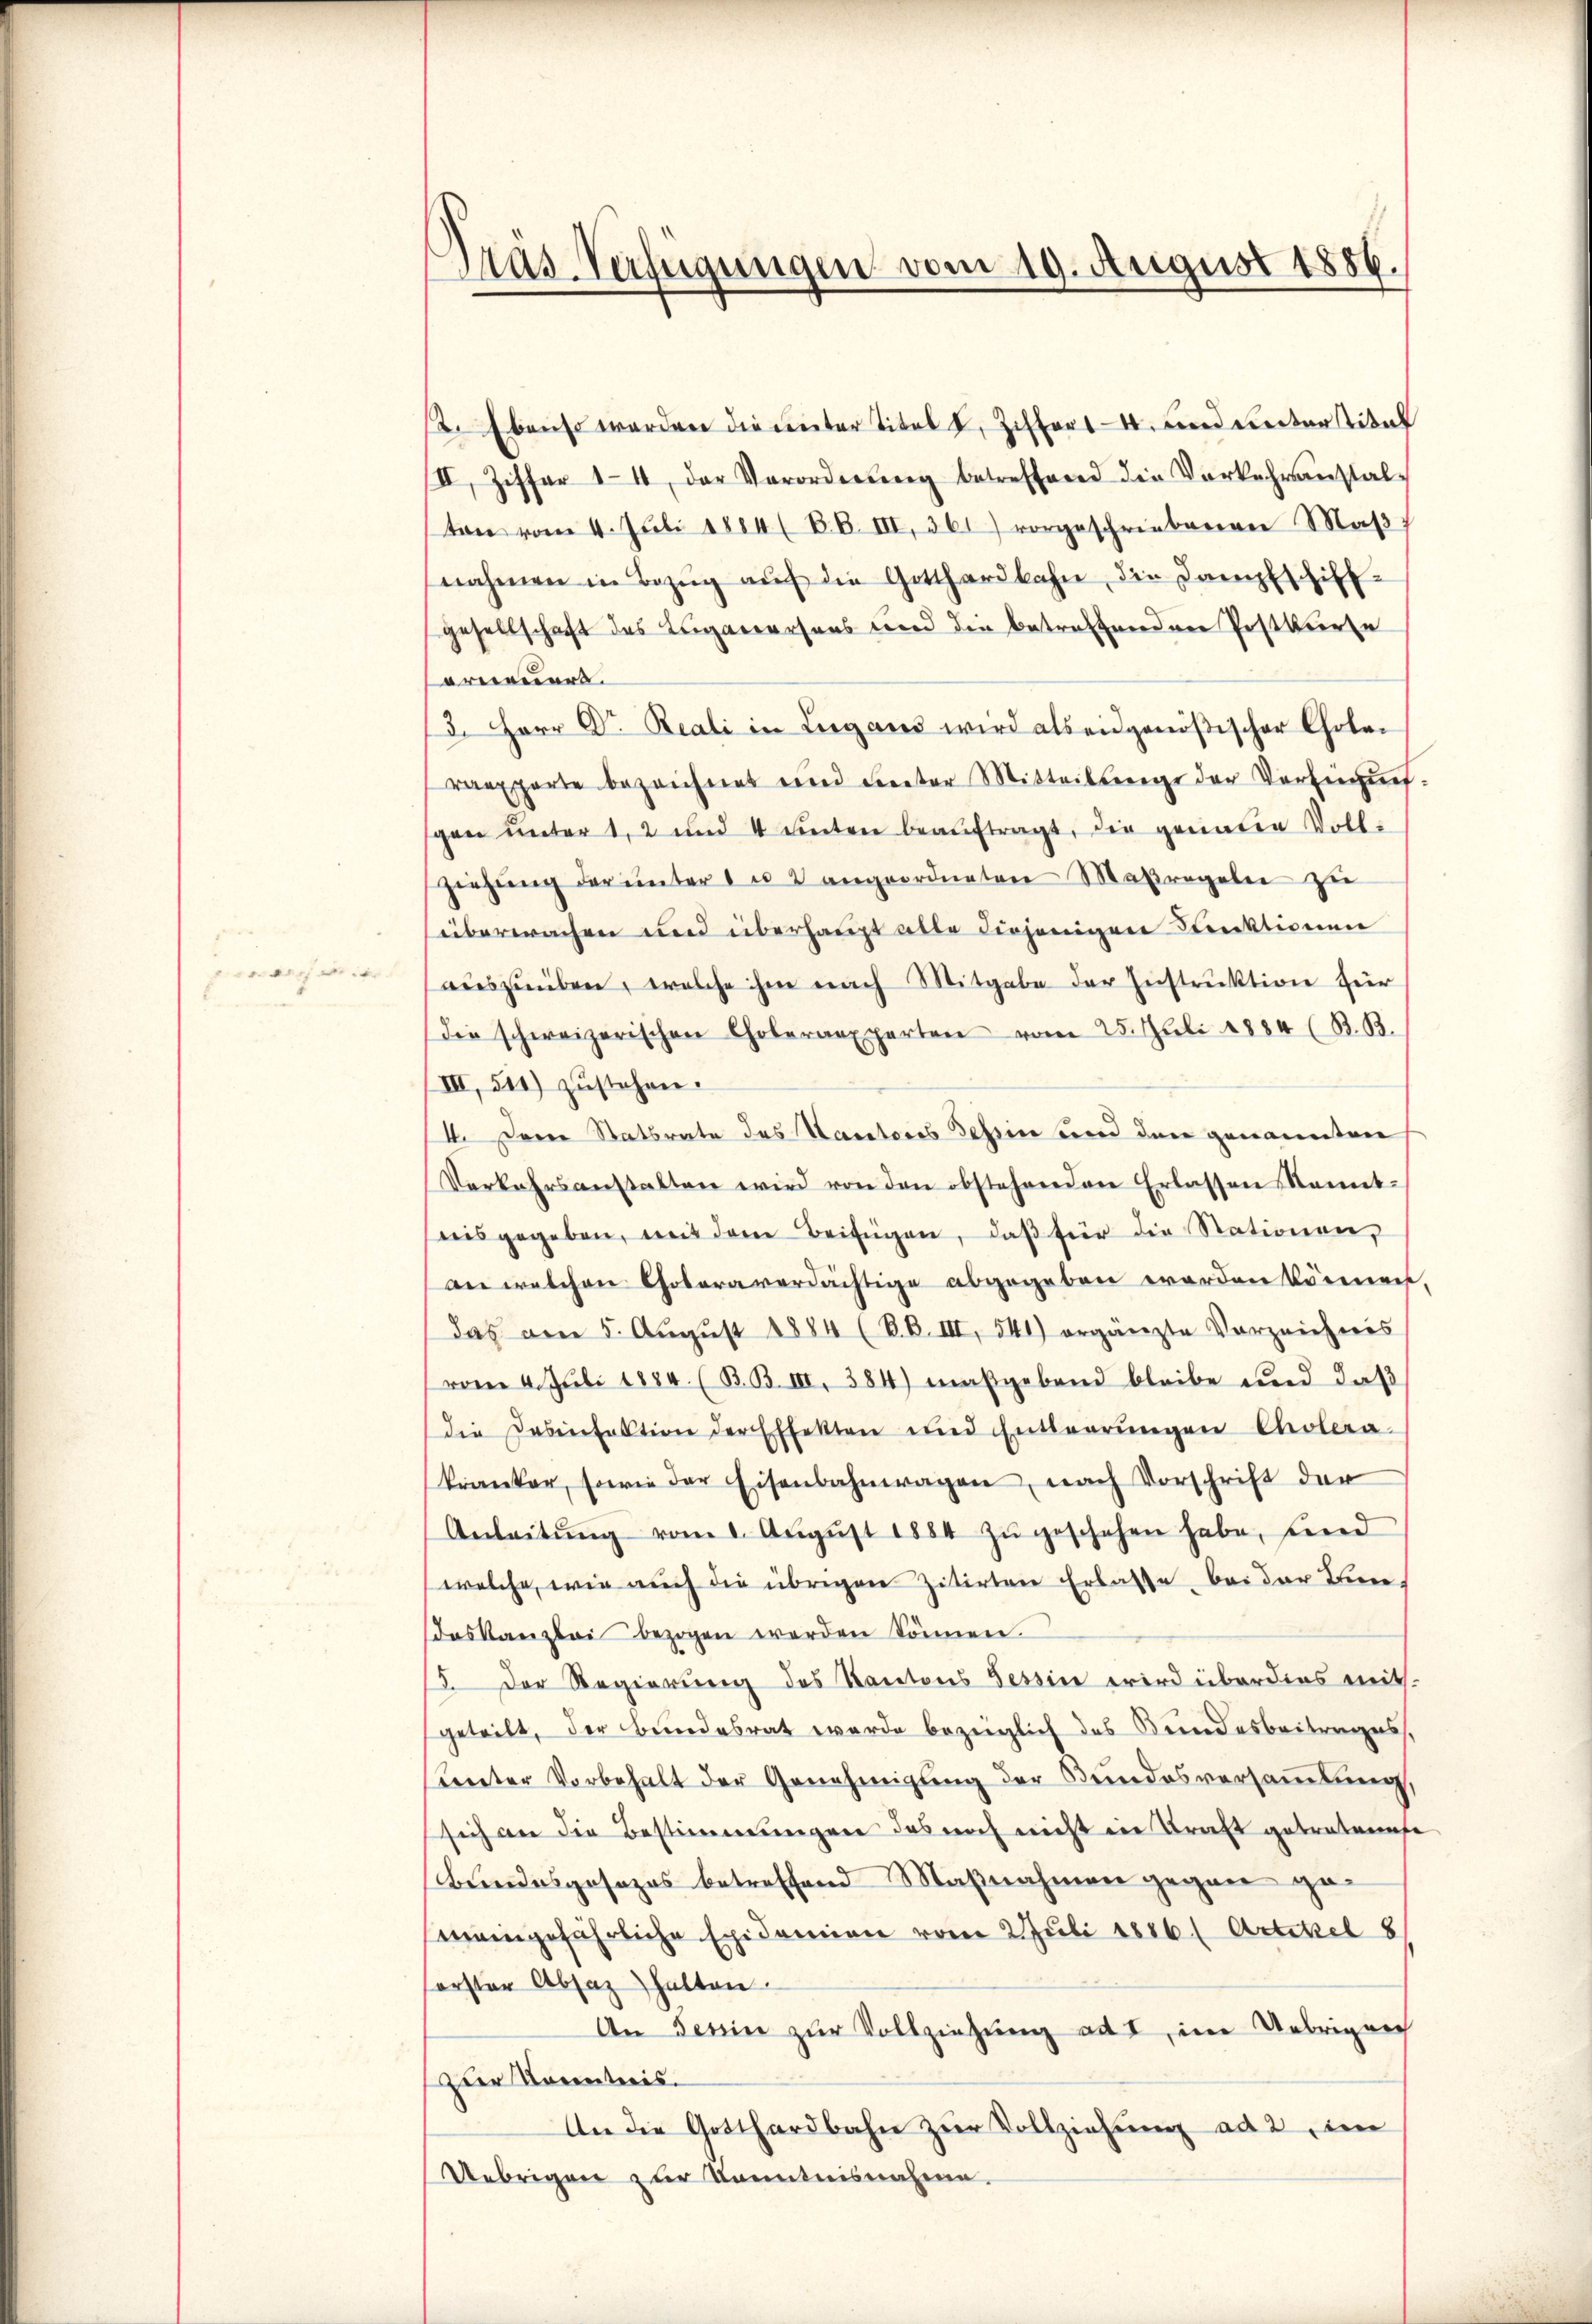
ach

.

d
Päs-Verfügungen vom 19. August 1886.

2. Ebenso werden die unter Titel u. Ziffert und weiter titel
II. Ziffer 14 der Verordnŭng betreffend die Vorkehranstal-
ten vom 4. Juli 1884 ( BB. III 361) vorgeschriebenen Maβ
nahmen in Bezŭg aŭf die Gotthardbahn die Dampfschiff-
gesellschaft des Luganersens und die betreffenden Postkurse
erneuers.
3. Herr Dr. Reali in Lugans wird als eidgenößischer Cholen
rapporte bezeichnet und dereter Mitteilung der Vorberaufgen unter 1, 2 und 4 unten beaŭftragt, die genauen Vollziehŭng der unter 1 u 2 angeordneten Maßregelei zu
überwachen und überhaupt alle diejenigen Funktionen
auszuüben, welche ihm nach Mitgabe der Instruktion zur
die schweizerischen Choleraexperten vom 25. Juli 1884 (B.B.
III, 511) zustehen.
4. Deine Statsrate des Kantores Tessin und den genannten
Verkehrsanstalten wird von den obstehenden Erlassen kannt-
nis gegeben, mit dem Beifügen, daβ für die Stationen,
an welchen Choleraverdächtige abgegeben worden können,
das am 5. Aŭgŭst 1884 (RB. III, 541) ergänzte Vorzeichnis
vom 4. Juli 1884. (B.B. III. 384) maßgebend bleibe und daß
die Desinfektion der Effekten und Entleerŭngen Cholera
kranker, sowie der Eisenbahnwagen, nach Vorschrift der
Anleitŭng vom 1. Aŭgŭst 1884 zŭ geschehen habe, sind
welche, wie auch die übrigen zitirten Erlasse, bei der Thien
das Kanzlei bezogen werden können.
5. Der Regierung des Kantons Tessin wird überdies mit-
geteilt, der Bundesrat werde bezüglich des Bundesbeitrages,
Ceter Vorbehalt der Genehmigung der Bundesversammlung,
sich an die Bestimmungen das noch nicht in Kraft getretenese
Bundesgesezes betreffend Maßnahmen gegen gemeingefährliche Epidemien vom 2 Juli 1886 (Artikel 8
erster Absatz halten.
An Serin zur Vollziehung ad I, im Uebrigen
Der Kontreis.
An die Gotthardbahn zŭr Vollziehŭng ad 2, im
Uebrigen zur Kenntnisnahme.